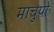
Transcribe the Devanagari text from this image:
माचुपो